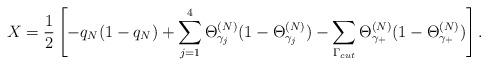
LaTeX: \begin{align*}X =\frac{1}{2}\left[ -q_{N}(1 - q_{N}) + \sum_{j=1}^4 \Theta^{(N)}_{\gamma_j}(1 - \Theta^{(N)}_{\gamma_j}) - \sum_{\Gamma_{cut}}\Theta^{(N)}_{\gamma_+}(1 - \Theta^{(N)}_{\gamma_+}) \right].\end{align*}